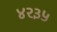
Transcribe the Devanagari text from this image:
४२३५